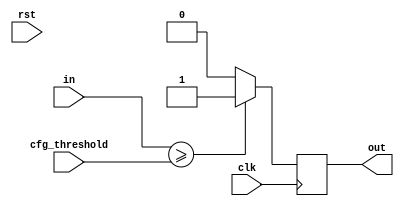
/********************************************************************************
// @project       Object Detection & Tracking Uint(ODTU)
// @filename      args_wconvert.v
// @author        3book
// @description   
// @created       2019-11-06T18:13:41.912Z+08:00
// @copyright     Copyright (c) 2019 
// @last-modified 2020-03-31T22:19:48.997Z+08:00
*******************************************************************************/

`timescale 1ns/100ps
module args_wconver#(                           
parameter IW = 10   ,//in data width 
parameter OW = 1     //out data width
)(
input           clk,
input           rst,
input [IW-1:0]  in,//in data    
output[OW-1:0]  out,//out data    
//register
input  [31:0]   cfg_threshold
);
reg [OW-1:0]  out_r;
always @(posedge clk ) begin
    if(in>=cfg_threshold)begin
        out_r <= {OW{1'b1}};
    end else begin
        out_r <= {OW{1'b0}};
    end
end
assign out = out_r;
endmodule